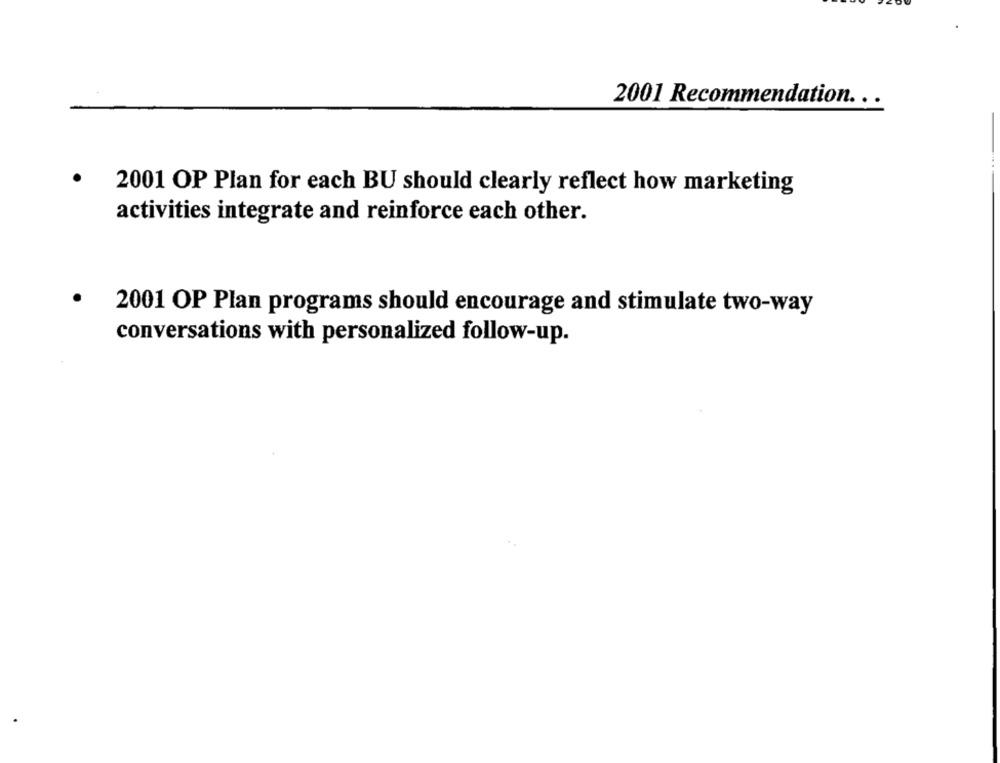
2001 Recommendation .. .
2001 OP Plan for each BU should clearly reflect how marketing
activities integrate and reinforce each other.
2001 OP Plan programs should encourage and stimulate two-way
conversations with personalized follow-up.